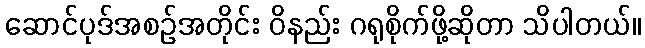
ဆောင်ပုဒ်အစဉ်အတိုင်း ဝိနည်း ဂရုစိုက်ဖို့ဆိုတာ သိပါတယ်။